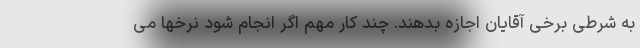
به شرطی برخی آقایان اجازه بدهند. چند کار مهم اگر انجام شود نرخها می